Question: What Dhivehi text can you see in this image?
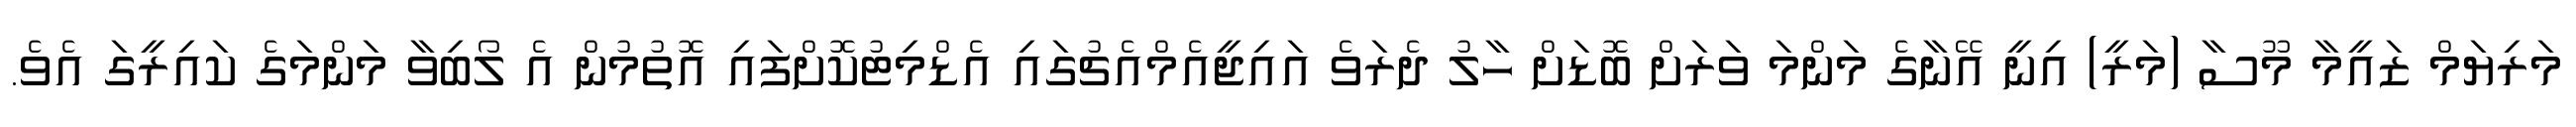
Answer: މަރިޔަމް ޒައީމާ މޫސާ (މަރީ) އިނީ އޭނާގެ މަންމަ ވަރަށް ބޮޑަށް ހާލު ދެރަވެ އައިޖީއެމްއެޗުގައި އެޑްމިޓުކޮށްފައި އޮތުމުން އެ ލޯބިވާ މަންމަގެ ކައިރީގަ އެވެ.